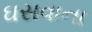
ઘસવાના